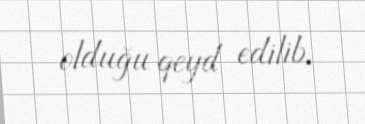
olduğu qeyd edilib.